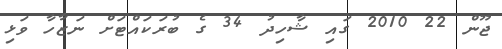
ޖޫން 22 2010 ގައި ޝާހިދު 34 ގެ ބުރަކައްޓަށް ނަޒާހާ ވަޅި